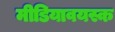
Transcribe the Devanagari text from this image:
मीडियावयस्क